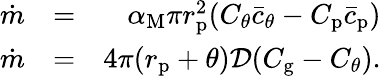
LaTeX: \begin{array}{rlr}{\dot{m}}&{=}&{\alpha_{\mathrm{M}}\pi r_{\mathrm{p}}^{2}(C_{\theta}\bar{c}_{\theta}-C_{\mathrm{p}}\bar{c}_{\mathrm{p}})}\\ {\dot{m}}&{=}&{4\pi(r_{\mathrm{p}}+\theta)\mathcal{D}(C_{\mathrm{g}}-C_{\theta}).}\end{array}